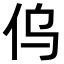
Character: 𠆿